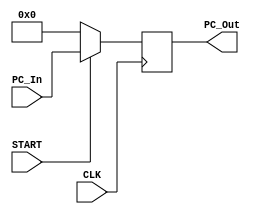
`timescale 1ns / 1ps

module PC(CLK, START, PC_In, PC_Out);

	input CLK, START;
	input [15:0] PC_In;
	output [15:0] PC_Out;
	reg [15:0] PC_Out;
	
	initial begin
		PC_Out = 0;
	end
	
	always@(posedge CLK) begin
		if(START == 1)
			PC_Out <= PC_In;
		else
			PC_Out <= 0;
	end	

endmodule